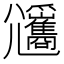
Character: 𡰡